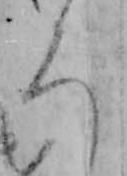
ろ